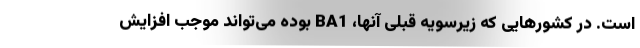
است. در کشورهایی که زیرسویه قبلی آنها، BA1 بوده می‌تواند موجب افزایش